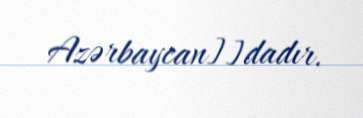
Azərbaycan]]dadır.